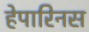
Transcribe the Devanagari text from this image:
हेपारिनस